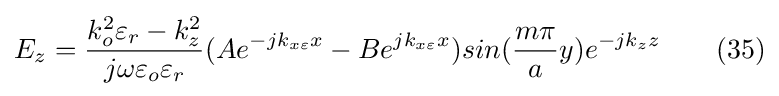
E_{z}={\frac {k_{o}^{2}\varepsilon _{r}-k_{z}^{2}}{j\omega \varepsilon _{o}\varepsilon _{r}}}(Ae^{-jk_{x\varepsilon }x}-Be^{jk_{x\varepsilon }x})sin({\frac {m\pi }{a}}y)e^{-jk_{z}z}\ \ \ \ \ \ (35)